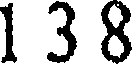
1 3 8